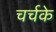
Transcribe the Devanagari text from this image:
चर्चके